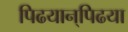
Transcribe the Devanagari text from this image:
पिढयान्‌पिढया